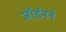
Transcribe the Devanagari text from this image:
जॉर्डनने